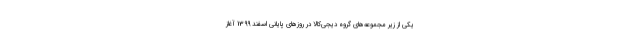
یکی از زیر مجموعه‌های گروه دیجی‌کالا در روزهای پایانی اسفند 1399 آغاز